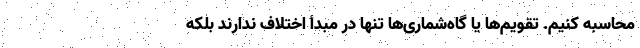
محاسبه کنیم. تقویم‌ها یا گاه‌شماری‌ها تنها در مبدأ اختلاف ندارند بلکه